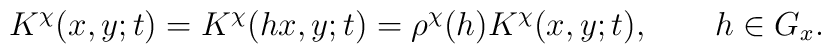
K^\chi(x,y;t)	= 	K^\chi(hx,y;t)	= 	\rho^\chi(h) K^\chi (x,y;t),	\qquad h \in G_x.